Subject: cs
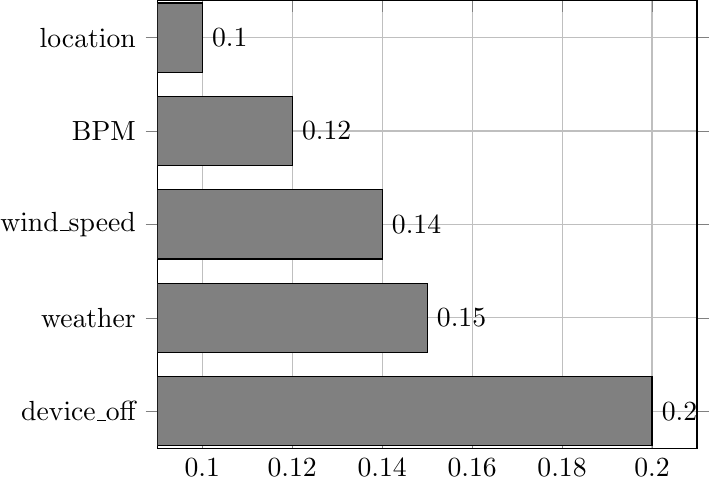
LaTeX code:
\begin{tikzpicture}

\begin{axis} [xbar,
              grid=major,
              bar width =25,
              symbolic y coords={device\_off,weather,wind\_speed,BPM,location},
              ytick=data,
     nodes near coords]
\addplot [draw=black,fill=gray]    coordinates {
    (0.2,device\_off)
    (0.15,weather)
    (0.14,wind\_speed)
    (0.12,BPM)
    (0.1,location)
};
\end{axis}

\end{tikzpicture}